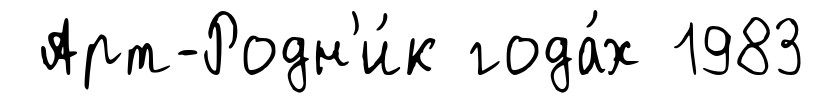
Арт-Родн'и́к года́х 1983